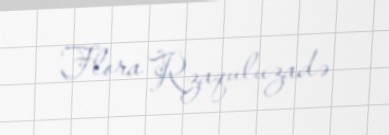
Flora Rzaquluzadə